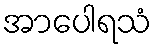
အာပေါရသံ